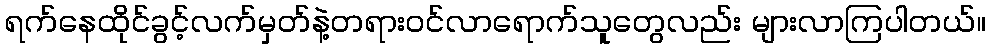
ရက်နေထိုင်ခွင့်လက်မှတ်နဲ့တရားဝင်လာရောက်သူတွေလည်း များလာကြပါတယ်။